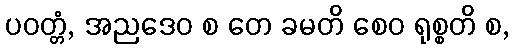
ပဝတ္တံ, အညဒေဝ စ တေ ခမတိ စေဝ ရုစ္စတိ စ,